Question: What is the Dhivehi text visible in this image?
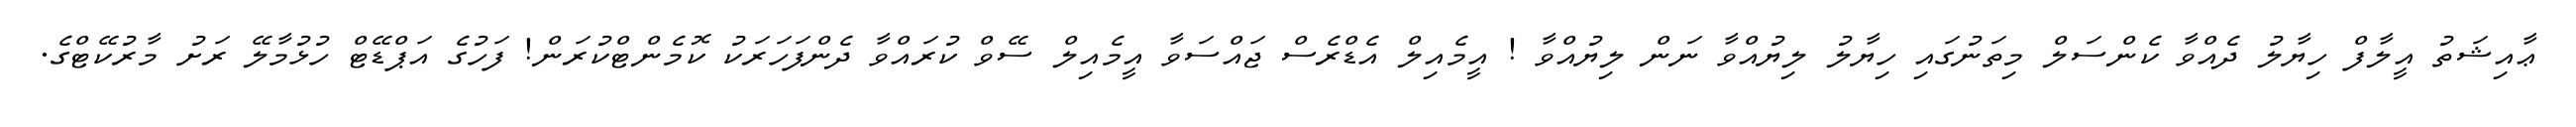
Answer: ޢާއިޝަތު އީލާފް ހިޔާލު ދެއްވާ ކެންސަލް މިތަނުގައި ހިޔާލު ލިޔުއްވާ ނަން ލިޔުއްވާ ! އީމެއިލް އެޑްރެސް ޖައްސަވާ އީމެއިލް ސޭވް ކުރައްވާ ދެންފަހަރަކު ކޮމެންޓްކުރަން! ފަހުގެ އަޕްޑޭޓް ހުޅުމާލޭ ރަށު މާރުކޭޓްގެ.